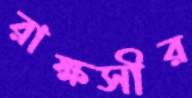
রাক্ষসীর